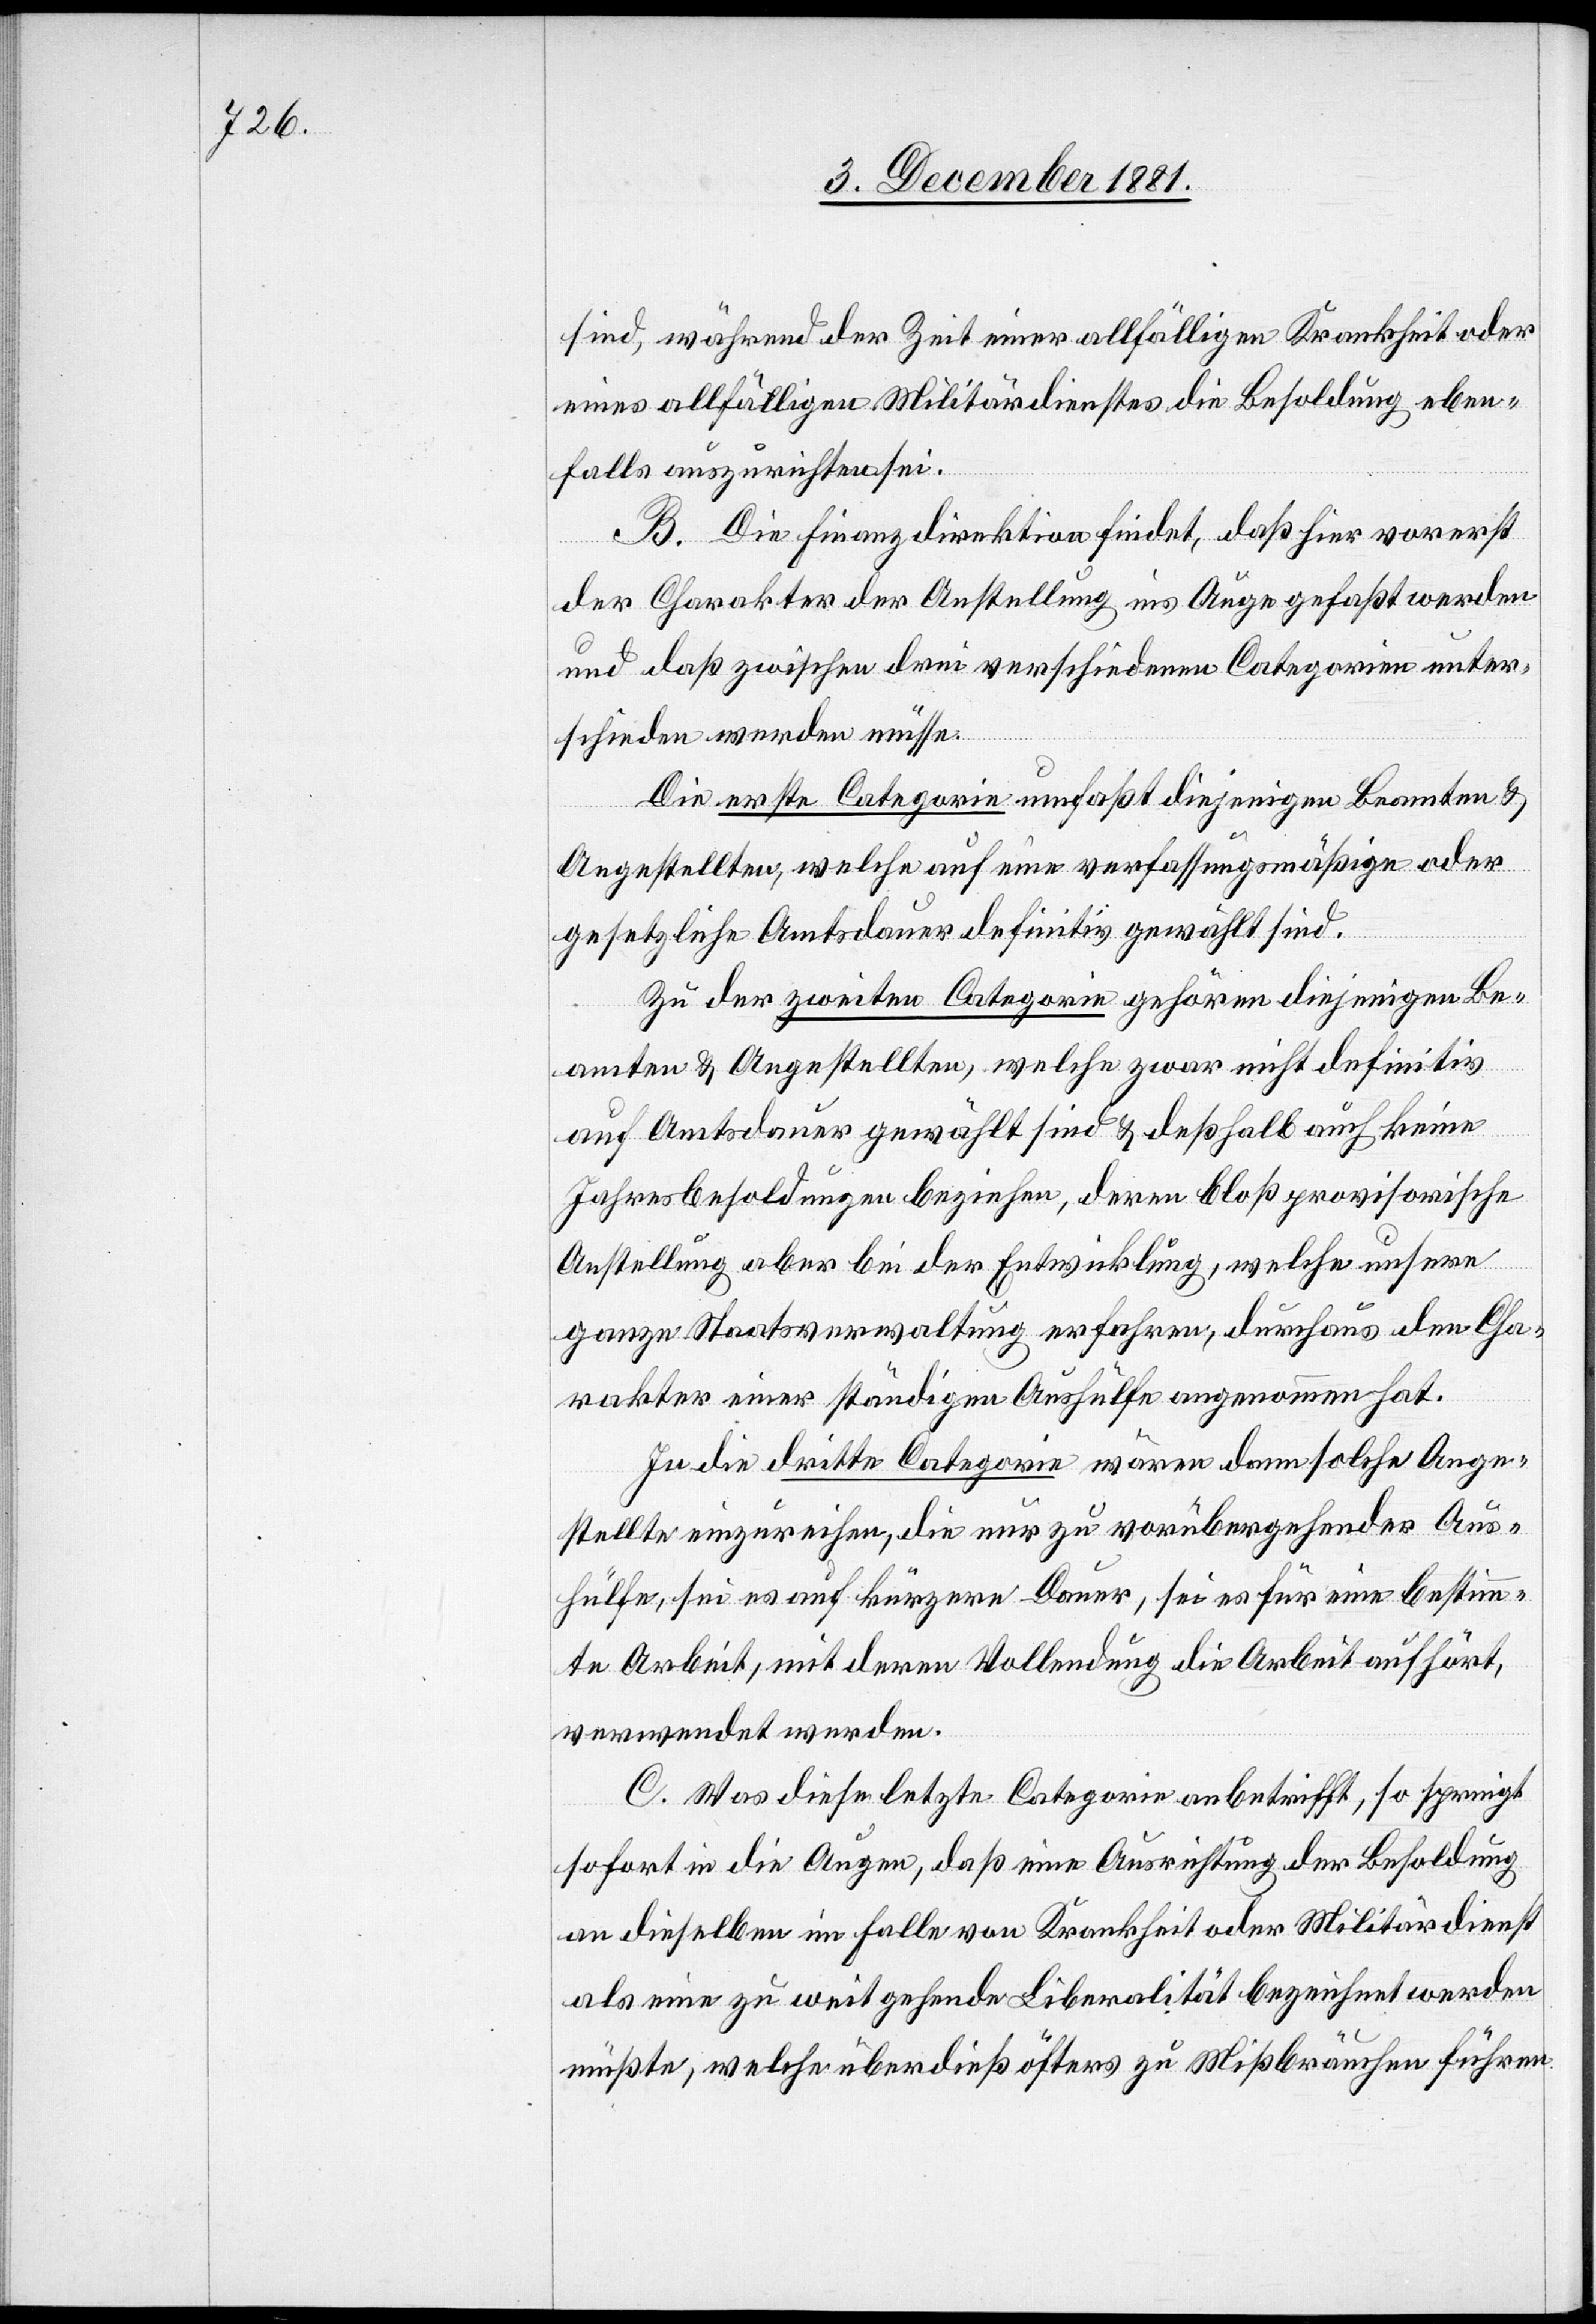
sind, während der Zeit einer allfälligen Krankheit oder
eines allfälligen Militärdienstes die Besoldung eben¬
falls auszurichten sei.
B. Die Finanzdirektion findet, daß hier vorerst
der Charakter der Anstellung ins Auge gefaßt werden
und daß zwischen drei verschiedenen Categorien unter¬
schieden werden müsse:
Die erste Categorie umfaßt diejenigen Beamten &
Angestellten, welche auf eine verfassungsmäßige oder
gesetzliche Amtsdauer definitiv gewählt sind.
Zu der zweiten Categorie gehören diejenigen Be¬
amten & Angestellten, welche zwar nicht definitiv
auf Amtsdauer gewählt sind & deßhalb auch keine
Jahresbesoldung beziehen, deren bloß provisorische
Anstellung aber bei der Entwicklung, welche unsere
ganze Staatsverwaltung erfahren, durchaus den Cha¬
rakter einer ständigen Aushülfe angenommen hat.
In die dritte Categorie wären dann solche Ange¬
stellte einzureihen, die nur zu vorübergehender Aus¬
hülfe, sei es auf kürzere Dauer, sei es für eine bestimm¬
te Arbeit, mit deren Vollendung die Arbeit aufhört,
verwendet werden.
C. Was diese letzte Categorie anbetrifft, so springt
sofort in die Augen, daß eine Ausrichtung der Besoldung
an dieselben im Falle von Krankheit oder Militärdienst
als eine zu weit gehende Liberalität bezeichnet werden
müßte, welche überdieß öfters zu Mißbräuchen führen